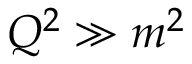
Q ^ { 2 } \gg m ^ { 2 }